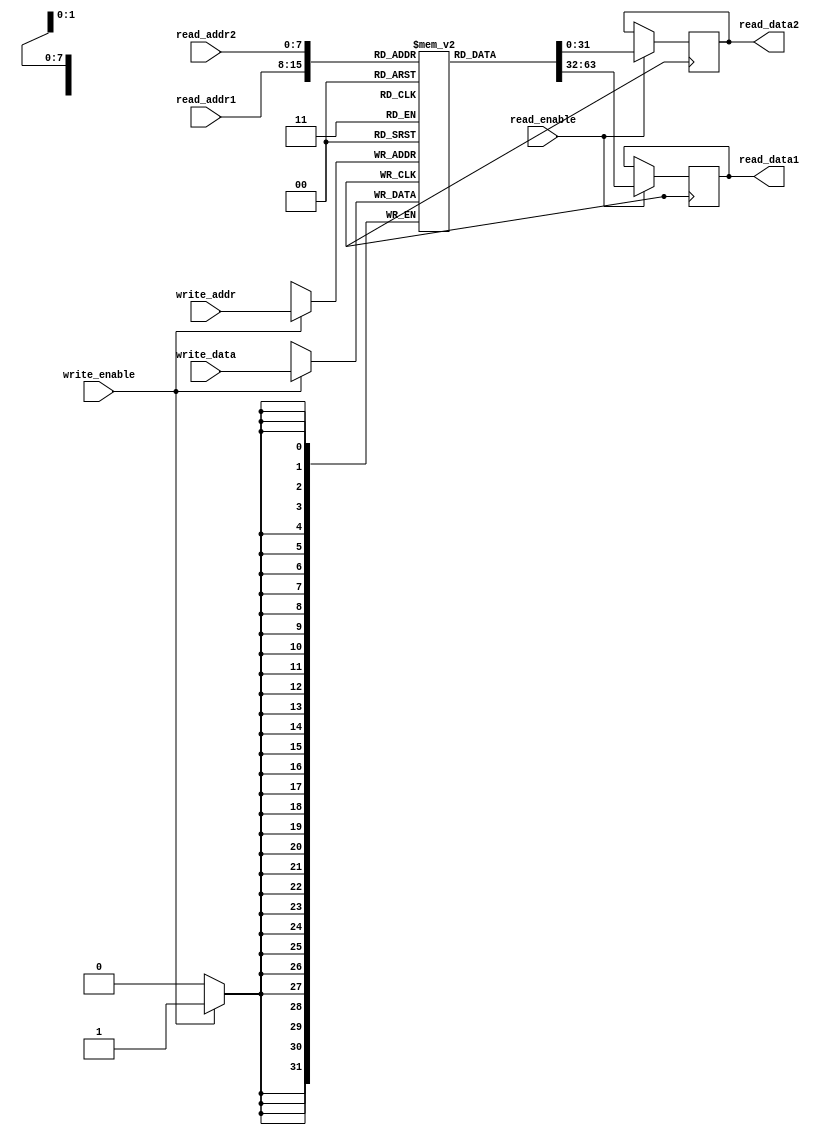
module register_file #(
    parameter DATA_WIDTH = 32,
    parameter ADDR_WIDTH = 8,
    parameter NUM_REGS = 256
)(
    input [ADDR_WIDTH-1:0] read_addr1,
    input [ADDR_WIDTH-1:0] read_addr2,
    input [ADDR_WIDTH-1:0] write_addr,
    input [DATA_WIDTH-1:0] write_data,
    input write_enable,
    input read_enable,
    output reg [DATA_WIDTH-1:0] read_data1,
    output reg [DATA_WIDTH-1:0] read_data2
);

reg [DATA_WIDTH-1:0] reg_file [0:NUM_REGS-1];

always @(posedge clk) begin
    if (write_enable) begin
        reg_file[write_addr] <= write_data;
    end

    if (read_enable) begin
        read_data1 <= reg_file[read_addr1];
        read_data2 <= reg_file[read_addr2];
    end
end

endmodule